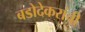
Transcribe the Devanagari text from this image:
बडोदेकरांची